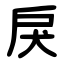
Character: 戾